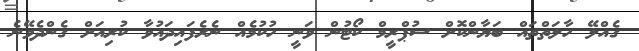
ގެއްލޭ ހާލަތްތައް ބަޔާންކޮށް ސުޕްރީމް ކޯޓުން ވަނީ ހުކުމެއް ނެރެފައިދައުވާ ކުރިއަށް ގެންދެވޭނެ